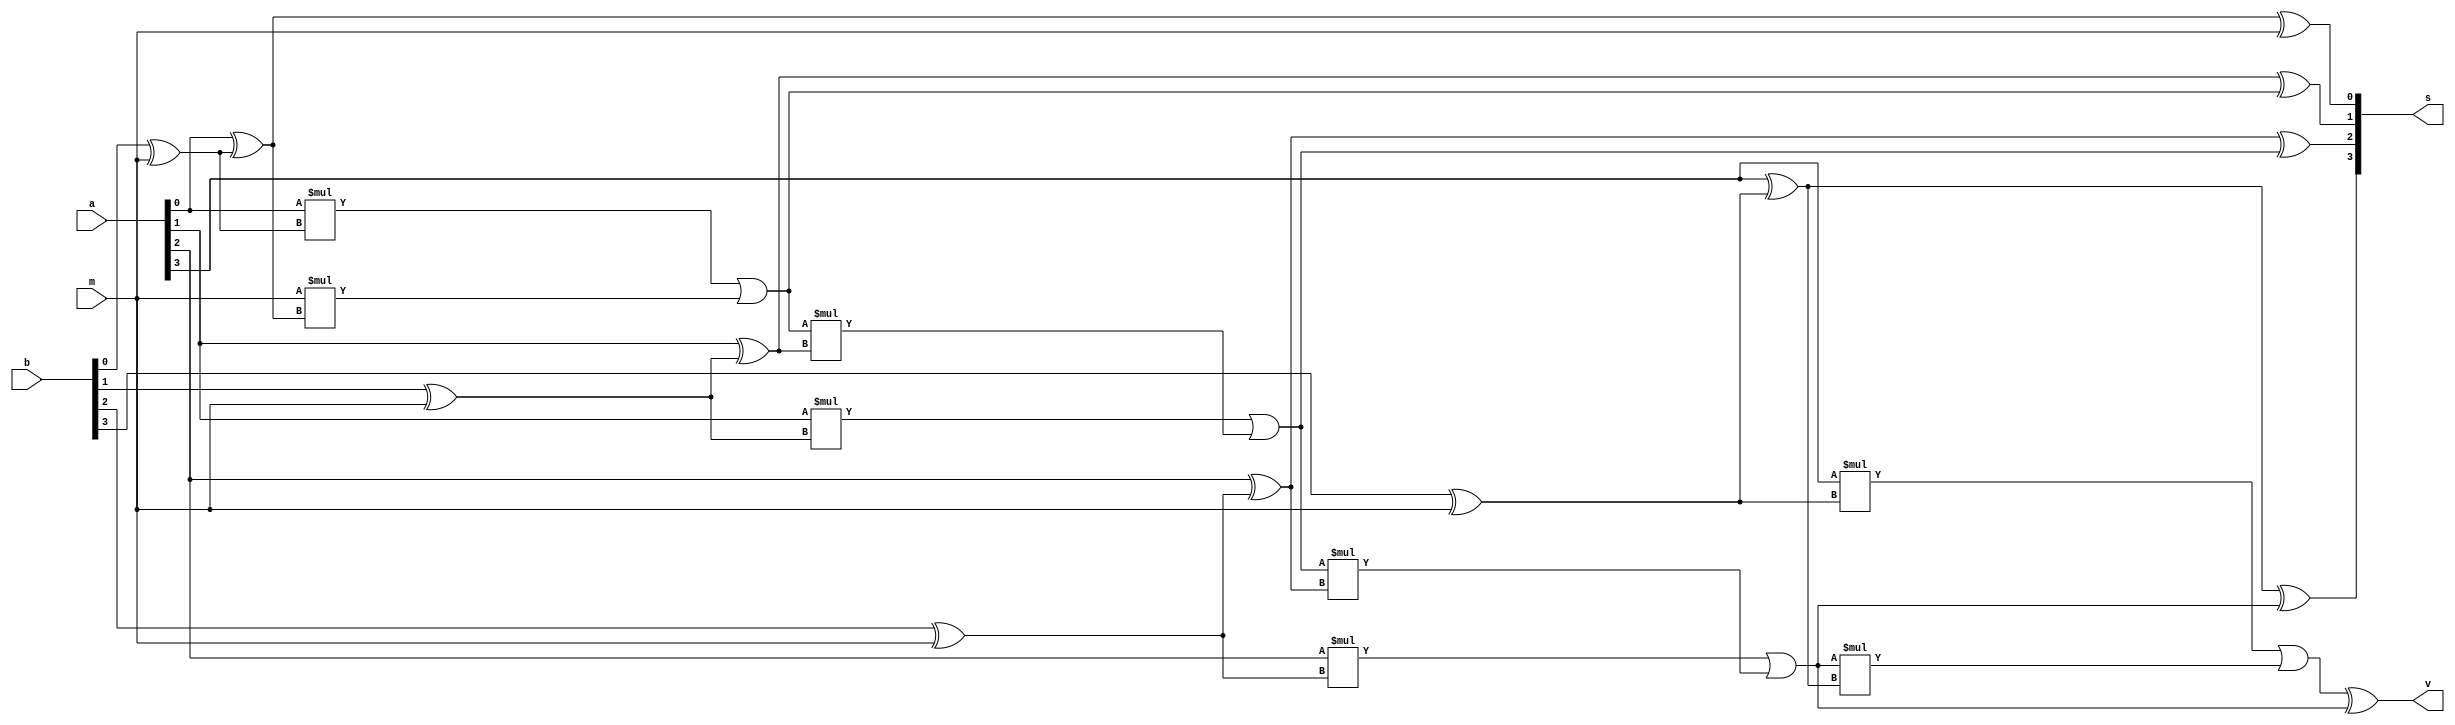
`timescale 1ns / 1ps
//////////////////////////////////////////////////////////////////////////////////
// Company: 
// Engineer: 
// 
// Design Name: 
// Module Name: experiment_2_design
// Project Name: 
// Target Devices: 
// Tool Versions: 
// Description: 
// 
// Dependencies: 
// 
// Revision:
// Revision 0.01 - File Created
// Additional Comments:
// 
//////////////////////////////////////////////////////////////////////////////////


module experiment_2_design(
    input [3:0] a,
    input [3:0] b,
    input m,
    output [3:0] s,
    output v
    );
    
wire [3:0] c;
wire [3:0] d;

assign d[0] = b[0] ^ m;
assign d[1] = b[1] ^ m;
assign d[2] = b[2] ^ m;
assign d[3] = b[3] ^ m;

assign s[0] = a[0] ^ d[0] ^ m;
assign c[0] = (a[0] * d[0]) | (m * (a[0] ^ d[0]));

assign s[1] = a[1] ^ d[1] ^ c[0];
assign c[1] = (a[1] * d[1]) | (c[0] * (a[1] ^ d[1]));

assign s[2] = a[2] ^ d[2] ^ c[1];
assign c[2] = (a[2] * d[2]) | (c[1] * (a[2] ^ d[2]));

assign s[3] = a[3] ^ d[3] ^ c[2];
assign c[3] = (a[3] * d[3]) | (c[2] * (a[3] ^ d[3]));

assign v = c[3] ^ c[2];
    
endmodule